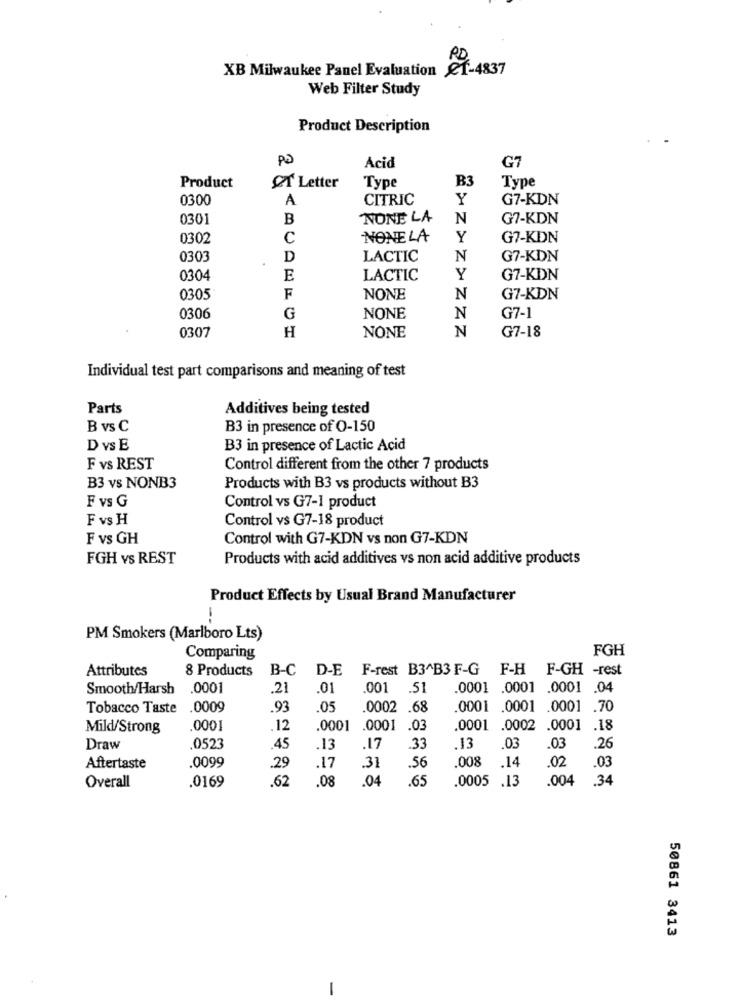
PD
XB Milwaukee Panel Evaluation CT-4837
Web Filter Study
Product Description
G7
Acid
Type
B3
Type
Product
T Letter
0300
A
CITRIC
Y
G7-KDN
0301
B
NONE LA
N
G7-KDN
0302
C
NONELA
Y
G7-KDN
0303
D
LACTIC
N
G7-KDN
0304
E
LACTIC
Y
G7-KDN
0305
F
NONE
N
G7-KDN
0306
G
NONE
N
G7-1
0307
H
NONE
N
G7-18
Individual test part comparisons and meaning of test
Parts
Additives being tested
B vs C
B3 in presence of 0-150
D vs E
B3 in presence of Lactic Acid
F vs REST
Control different from the other 7 products
B3 vs NONB3
Products with B3 vs products without B3
F vs G
Control vs G7-1 product
F vs H
Control vs G7-18 product
F vs GH
Control with G7-KDN vs non G7-KDN
FGH VS REST
Products with acid additives vs non acid additive products
Product Effects by Usual Brand Manufacturer
PM Smokers (Marlboro Lts)
FGH
Comparing
Attributes
8 Products
B-C
D-E
F-rest B3^B3 F-G F-H F-GH -rest
Smooth/Harsh
.0001
21
.01
001 .51
0001 .0001 .0001 .04
Tobacco Taste
.0009
.93
05
0002 .68
0001 .0001 .0001 .70
Mild/Strong
0001
12
.0001
.0001 .03
.0001 .0002 .0001 .18
Draw
.0523
45
13
17
.33
.13 .03
.03
.26
.0099
29
.17
.02
.03
Aftertaste
.31
.56
008 .14
Overall
.62
.08
.04
.65
0005 .13
.004
.34
.0169
50861 3413